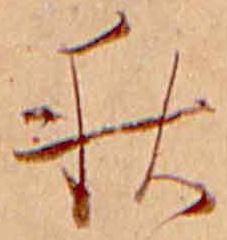
秋